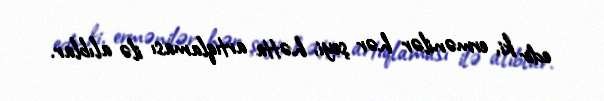
edir ki, ermənilər hər şeyi, hətta artıqlaması ilə alıblar.